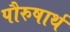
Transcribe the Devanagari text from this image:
पौरुषार्थ